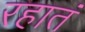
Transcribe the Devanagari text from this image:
रहातं